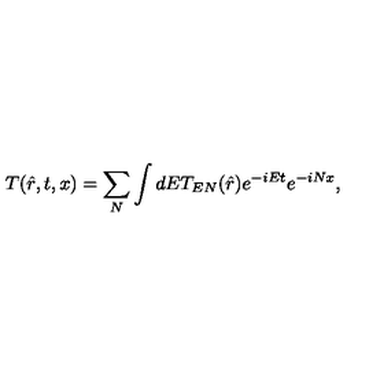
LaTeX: T ( \hat { r } , t , x ) = \sum _ { N } \int d E T _ { E N } ( \hat { r } ) e ^ { - i E t } e ^ { - i N x } ,